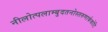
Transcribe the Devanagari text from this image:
नीलोत्पलाम्बुदतनोस्तरुणार्ककोटि